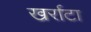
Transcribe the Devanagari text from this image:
खर्राटा